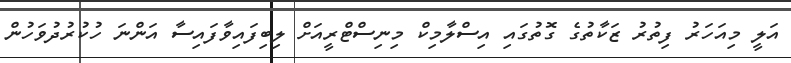
އަލީ މިއަހަރު ފިތުރު ޒަކާތުގެ ގޮތުގައި އިސްލާމިކް މިނިސްޓްރީއަށް ލިބިފައިވާފައިސާ އަންނަ ހުކުރުދުވަހުން